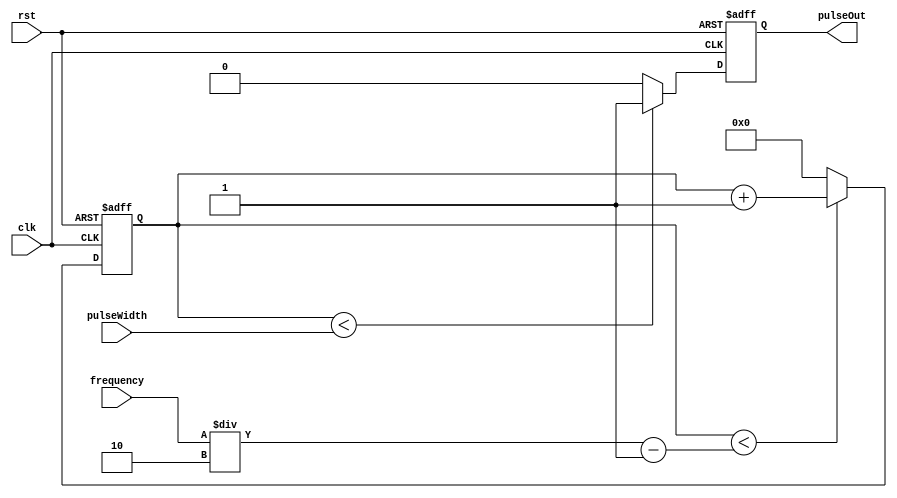
module ProgrammablePulseGenerator(
    input clk,
    input rst,
    input [15:0] pulseWidth,
    input [15:0] frequency,
    output reg pulseOut
);

reg [15:0] counter = 0;
reg pulse = 0;

always @(posedge clk or posedge rst) begin
    if(rst) begin
        pulseOut <= 0;
        counter <= 0;
    end else begin
        if(counter < pulseWidth) begin
            pulseOut <= 1;
        end else begin
            pulseOut <= 0;
        end
        
        if(counter < (frequency/2 - 1)) begin
            counter <= counter + 1;
        end else begin
            counter <= 0;
        end
    end
end

endmodule